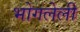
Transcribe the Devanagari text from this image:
भोगलेली